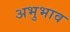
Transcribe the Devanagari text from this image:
अभुभाव